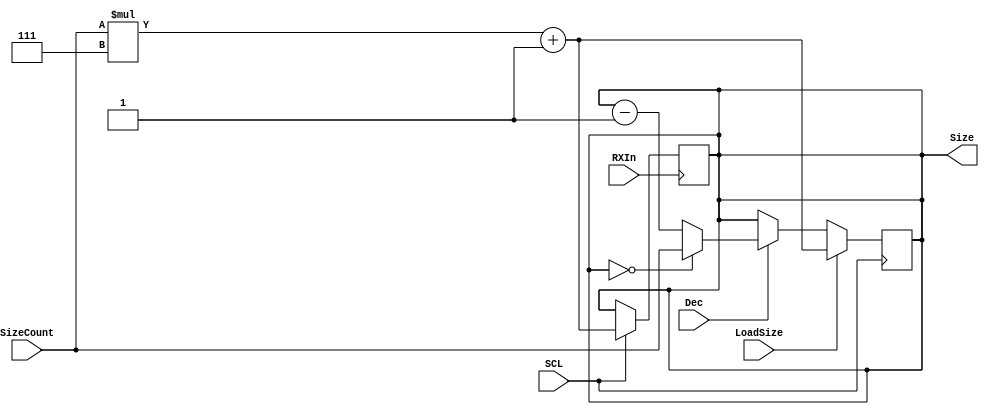
module RxCounter(SCL, RXIn, Dec, Size, LoadSize, SizeCount);

input RXIn;
//input LoadBurst;  
output [5:0] Size; 
//output [5:0] BurstCount;
  input SCL, Dec;
  input [5:0]SizeCount;
 input LoadSize;
//input LoadBurst;
//input [5:0] Burst;
 reg [5:0] Size;
//reg [5:0] BurstCount;


  always @ (negedge SCL)
 
 begin
//if (LoadBurst)
//begin
//BurstCount <= Burst;
//end
  if (LoadSize)
  begin
  Size<= SizeCount*7+1;
  end
  else if (Dec )
  begin
 Size <=  Size - 1;
 if (Size == 0)
begin
  Size <= SizeCount;
//BurstCount <= BurstCount -1;
end 
  
  end
  end
  
  
  always @ (negedge RXIn )
 begin 
if (SCL == 1) 
  Size <= SizeCount*7+1; 
end
endmodule